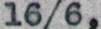
16/6,